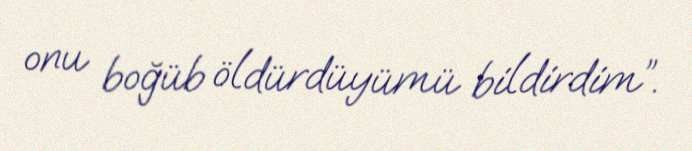
onu boğüb öldürdüyümü bildirdim”.